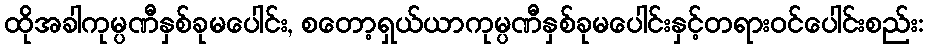
ထိုအခါကုမ္ပဏီနှစ်ခုမပေါင်း, စတော့ရှယ်ယာကုမ္ပဏီနှစ်ခုမပေါင်းနှင့်တရားဝင်ပေါင်းစည်း: